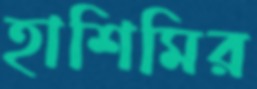
হাশিমির